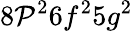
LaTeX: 8\mathcal{P}^{2}6f^{2}5g^{2}